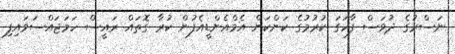
ނަސްރުގެ ދުވަސް ފާހަގަ ކުރުމުގެ ކަންކަން އެމްއެންޑީއެފުން ކުރާ ގޮތައް ރައީސް ހަމަޖައްސަވައިފި